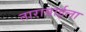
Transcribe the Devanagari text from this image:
ताराबाईला